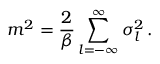
m ^ { 2 } = \frac { 2 } { \beta } \sum _ { l = - \infty } ^ { \infty } \sigma _ { l } ^ { 2 } \, .